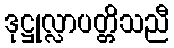
ဒုဋ္ဌုလ္လာပတ္တိသညီ